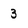
Character: 3